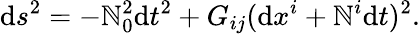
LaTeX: \mathrm{d}s^{2}=-\mathbb{N}_{0}^{2}\mathrm{d}t^{2}+G_{ij}(\mathrm{d}x^{i}+\mathbb{N}^{i}\mathrm{d}t)^{2}.